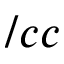
/ c c